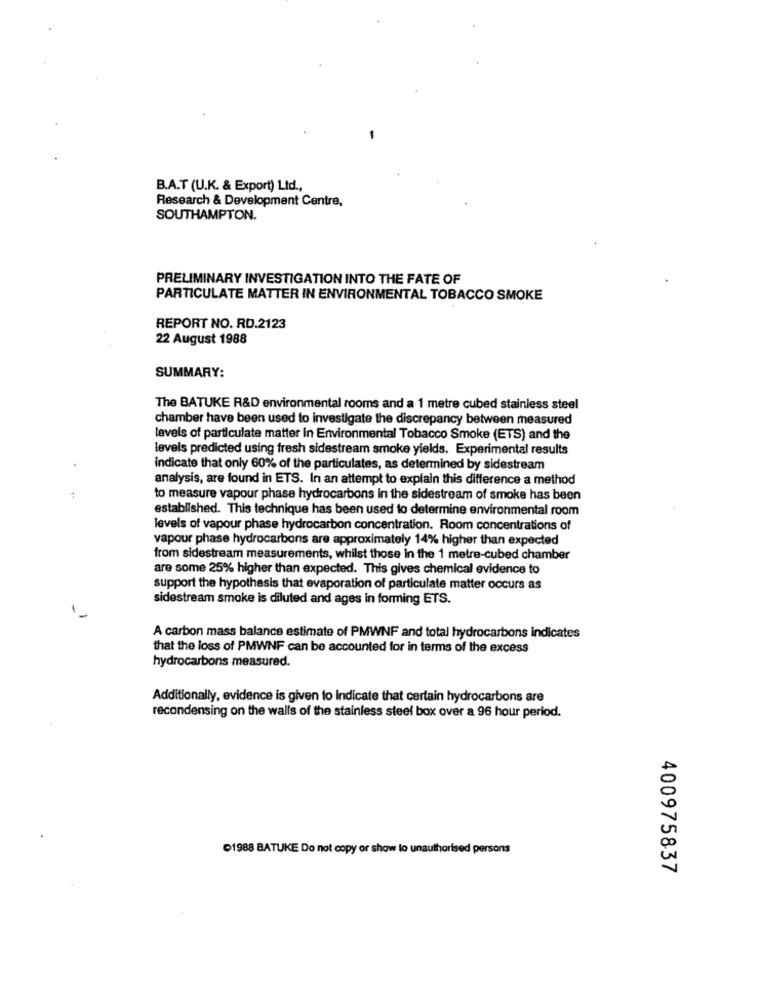
B.A.T (U.K. & Export) Ltd .,
Research & Development Centre,
SOUTHAMPTON.
PRELIMINARY INVESTIGATION INTO THE FATE OF
PARTICULATE MATTER IN ENVIRONMENTAL TOBACCO SMOKE
REPORT NO. RD.2123
22 August 1988
SUMMARY:
The BATUKE R&D environmental rooms and a 1 metre cubed stainless steel
chamber have been used to investigate the discrepancy between measured
levels of particulate matter In Environmental Tobacco Smoke (ETS) and the
levels predicted using fresh sidestream smoke yields. Experimental results
indicate that only 60% of the particulates, as determined by sidestream
analysis, are found in ETS. In an attempt to explain this difference a method
to measure vapour phase hydrocarbons in the sidestream of smoke has been
established. This technique has been used to determine environmental room
levels of vapour phase hydrocarbon concentration. Room concentrations of
vapour phase hydrocarbons are approximately 14% higher than expected
from sidestream measurements, whilst those in the 1 metre-cubed chamber
are some 25% higher than expected. This gives chemical evidence to
support the hypothesis that evaporation of particulate matter occurs as
sidestream smoke is diluted and ages in forming ETS.
A carbon mass balance estimate of PMWNF and total hydrocarbons indicates
that the loss of PMWNF can be accounted for in terms of the excess
hydrocarbons measured.
Additionally, evidence is given to Indicate that certain hydrocarbons are
recondensing on the walls of the stainless steel box over a 96 hour period.
1988 BATUKE Do not copy or show lo unauthorised persons
400975837